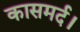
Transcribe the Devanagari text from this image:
कासमर्द।